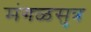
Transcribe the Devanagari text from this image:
मंगळसुत्र